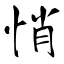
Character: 悄